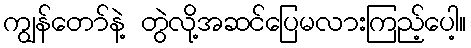
ကျွန်တော်နဲ့ တွဲလို့အဆင်ပြေမလားကြည့်ပေါ့။